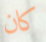
كان